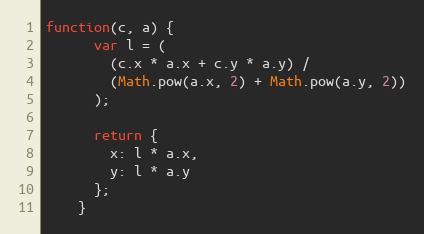
Language: JavaScript
function(c, a) {
      var l = (
        (c.x * a.x + c.y * a.y) /
        (Math.pow(a.x, 2) + Math.pow(a.y, 2))
      );

      return {
        x: l * a.x,
        y: l * a.y
      };
    }